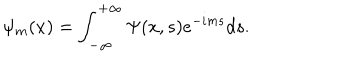
LaTeX: \psi _ { m } ( x ) = \int _ { - \infty } ^ { + \infty } \Psi ( x , s ) e ^ { - i m s } d s .